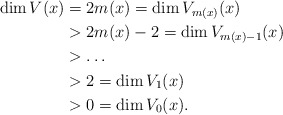
\begin{align*}\dim V (x) &= 2m(x) = \dim V_{m(x)}(x)\\&>2m(x)-2 = \dim V_{m(x)-1}(x)\\&>\dots \\&>2=\dim V_1(x)\\&>0=\dim V_0(x).\end{align*}